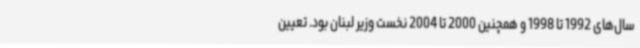
سال‌های 1992 تا 1998 و همچنین 2000 تا 2004 نخست وزیر لبنان بود. تعیین